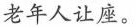
老年人让座。